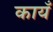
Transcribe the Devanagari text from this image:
कायँ